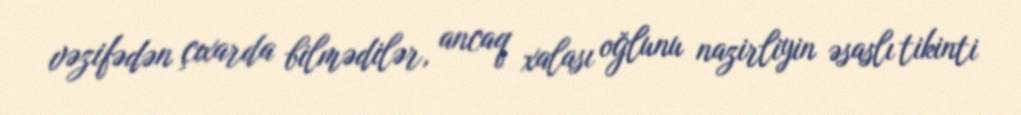
vəzifədən çıxarda bilmədilər, ancaq xalası oğlunu nazirliyin əsaslı tikinti